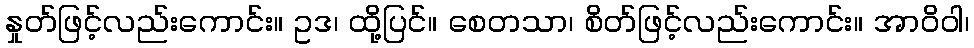
နှုတ်ဖြင့်လည်းကောင်း။ ဥဒ၊ ထို့ပြင်။ စေတသာ၊ စိတ်ဖြင့်လည်းကောင်း။ အာဝိဝါ၊